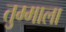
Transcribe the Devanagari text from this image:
तुम्माला